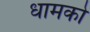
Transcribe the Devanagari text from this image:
धामको